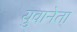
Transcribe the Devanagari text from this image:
युवानेता